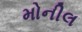
મોનીલ